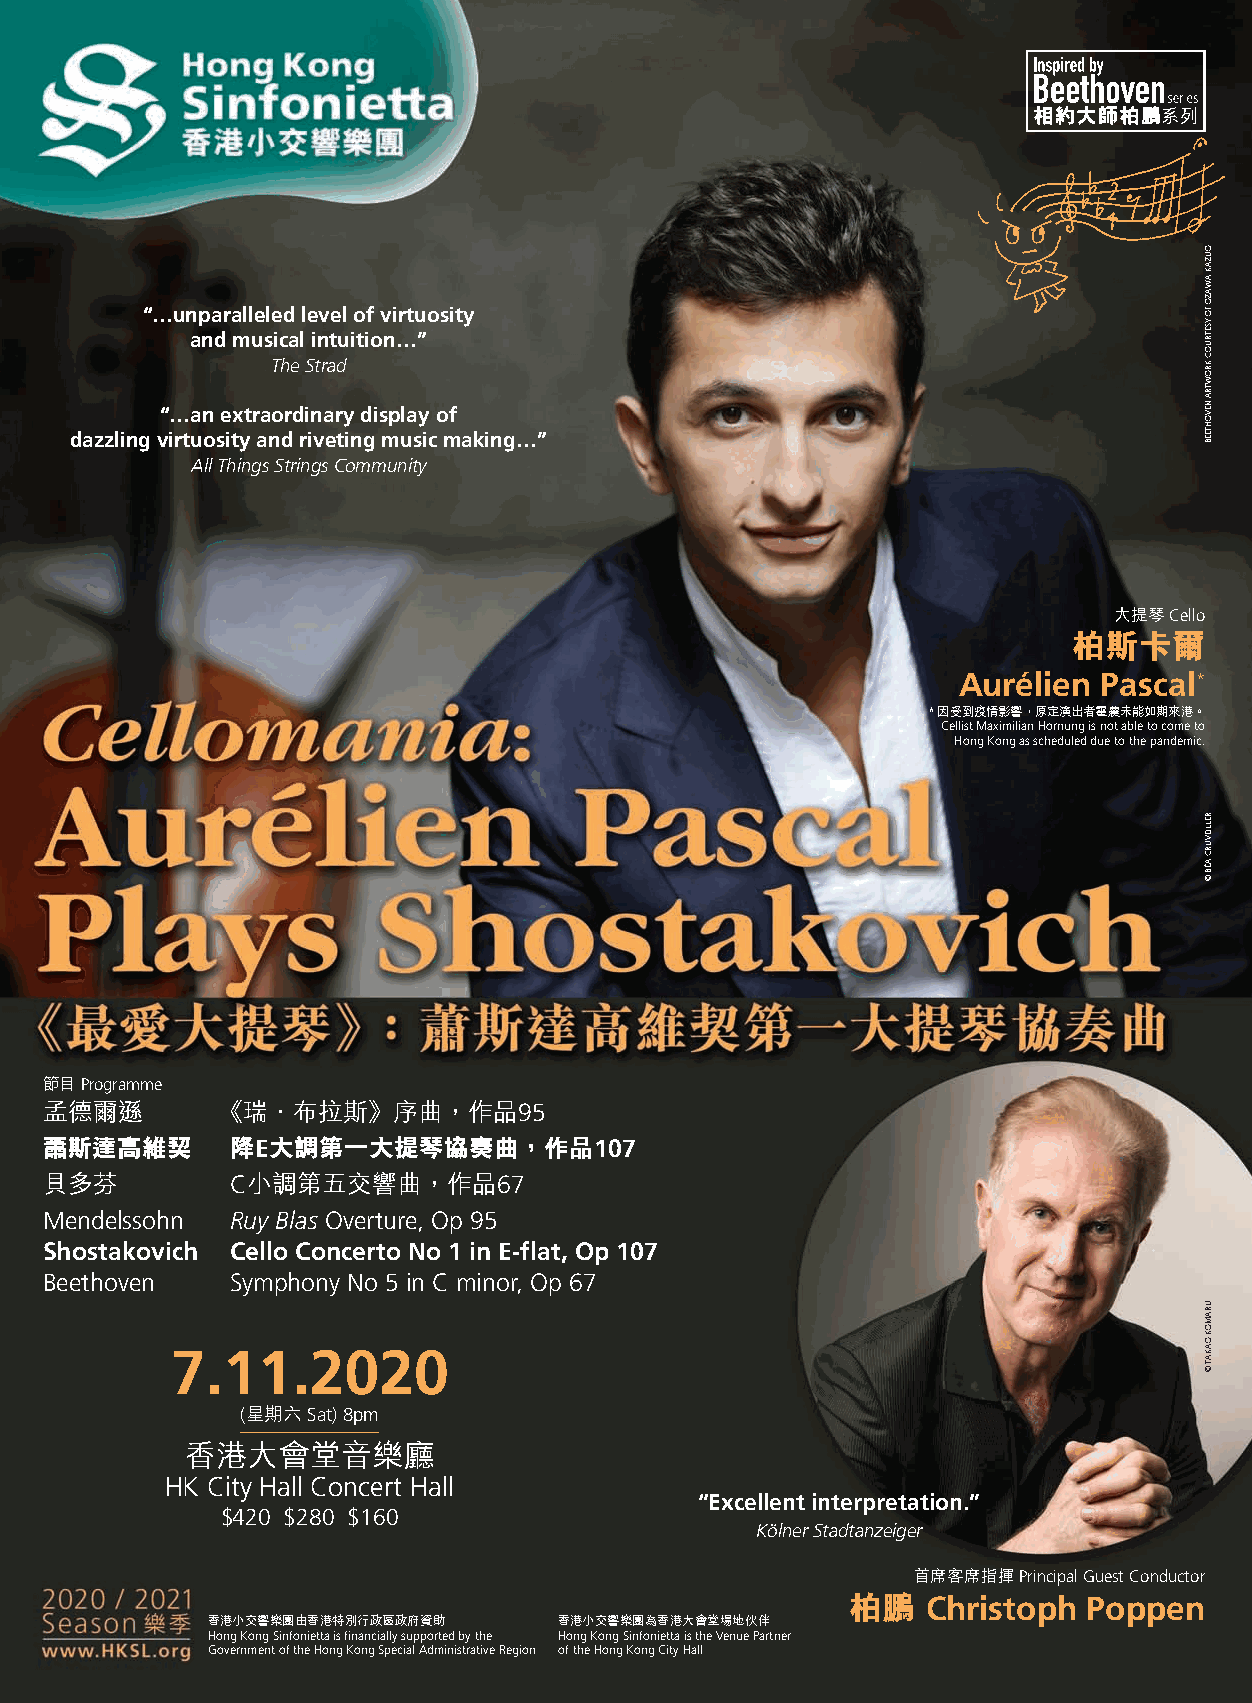
“…unparalleled level of virtuosity
 and musical intuition…”
 The Strad
 “…an extraordinary display of
 dazzling virtuosity and riveting music making…”
 All Things Strings Community
 大提琴Cello
 柏斯卡爾
 Aurélien Pascal*
 * 因受到疫情影響，原定演出者霍農未能如期來港。
 Cellist Maximilian Hornung is not able to come to
 Hong Kong as scheduled due to the pandemic.
 節目Programme
 孟德爾遜        《瑞．布拉斯》序曲，作品95
 蕭斯達高維契       降E大調第一大提琴協奏曲，作品107
 貝多芬          C小調第五交響曲，作品67
 Mendelssohn  Ruy Blas Overture, Op 95
 Shostakovich Cello Concerto No 1 in E-flat, Op 107
 Beethoven    Symphony No 5 in C minor, Op 67
 7.11.2020
 (星期六Sat) 8pm
 香港大會堂音樂廳
 HK City Hall Concert Hall
 “Excellent interpretation.”
 $420 $280 $160
 Kölner Stadtanzeiger
 首席客席指揮Principal Guest Conductor
 柏鵬   Christoph Poppen
 香港小交響樂團由香港特別行政區政府資助    香港小交響樂團為香港大會堂場地伙伴
 Hong Kong Sinfonietta is financially supported by the Hong Kong Sinfonietta is the Venue Partner
 Government of the Hong Kong Special Administrative Region of the Hong Kong City Hall
 OUZAK
 AWAZO
 FO
 YSETRUOC
 KROWTRA
 NEVOHTEEB
 RELLIEVURC
 AÉB
 ©
 URAMOK
 OAKAT
 ©